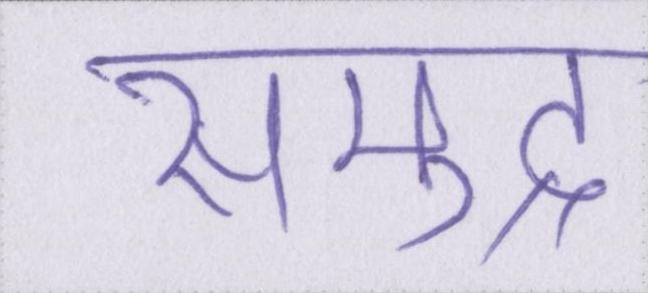
समुद्र